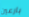
بارعين